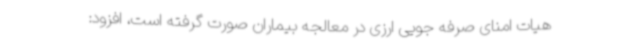
هیات امنای صرفه جویی ارزی در معالجه بیماران صورت گرفته است، افزود: